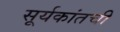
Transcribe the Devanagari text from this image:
सूर्यकांतची